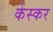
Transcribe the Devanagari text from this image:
केस्कर